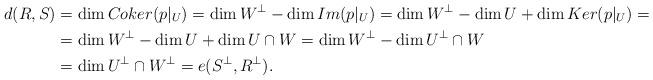
LaTeX: \begin{align*} d(R, S) &= \dim Coker(p\vert_{U}) = \dim W^{\perp} - \dim Im(p\vert_{U}) = \dim W^{\perp} - \dim U +\dim Ker(p\vert_{U}) = \\ &= \dim W^{\perp} - \dim U +\dim U\cap W = \dim W^{\perp} -\dim U^{\perp} \cap W \\ &= \dim U^{\perp} \cap W^{\perp} = e(S^{\perp}, R^{\perp}).\end{align*}